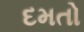
દમતો